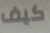
كيف